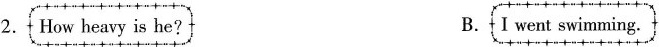
2. How heavy is he？ A. I went swimming.